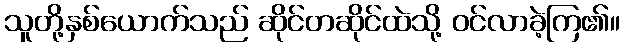
သူတို့နှစ်ယောက်သည် ဆိုင်တဆိုင်ထဲသို့ ဝင်လာခဲ့ကြ၏။